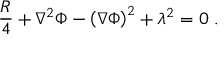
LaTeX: { \frac { R } { 4 } } + \nabla ^ { 2 } \Phi - { \left( \nabla \Phi \right) } ^ { 2 } + \lambda ^ { 2 } = 0 \; .